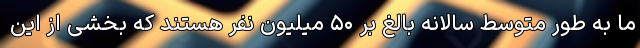
ما به طور متوسط سالانه بالغ بر ۵۰ میلیون نفر هستند که بخشی از این